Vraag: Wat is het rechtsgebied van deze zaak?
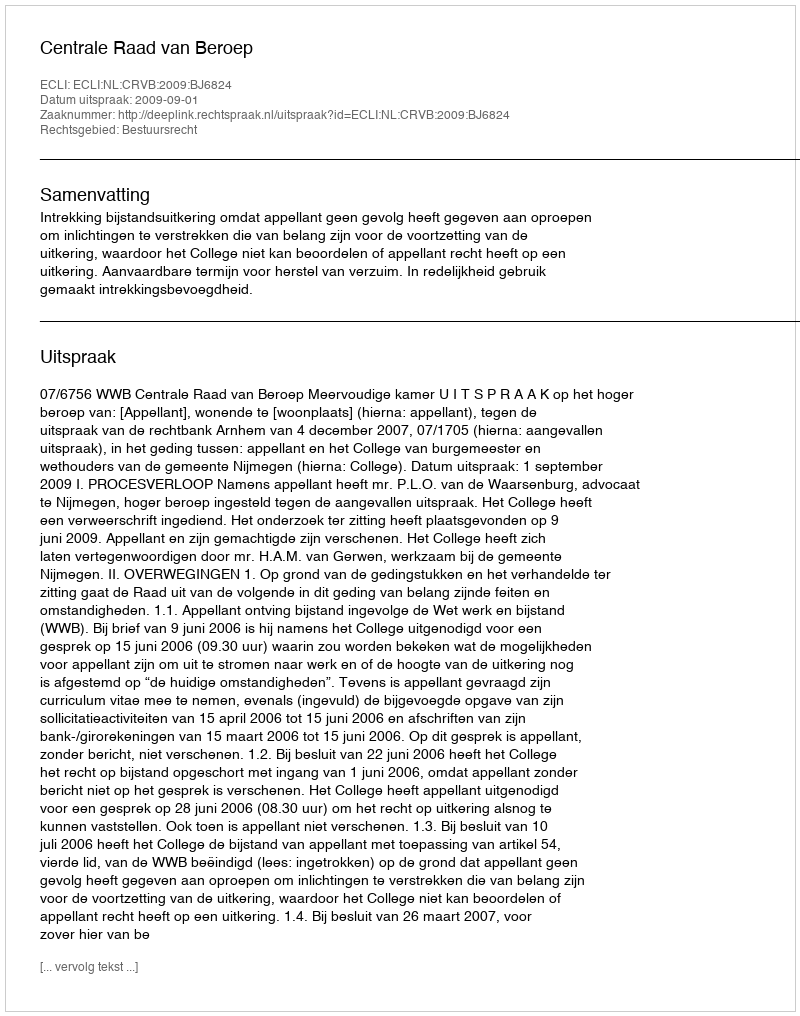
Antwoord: Bestuursrecht